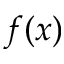
f ( x )